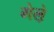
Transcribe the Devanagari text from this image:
गेले़